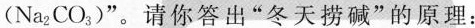
(Na_{2}CO_{3})”。请你答出”冬天捞碱”的原理：